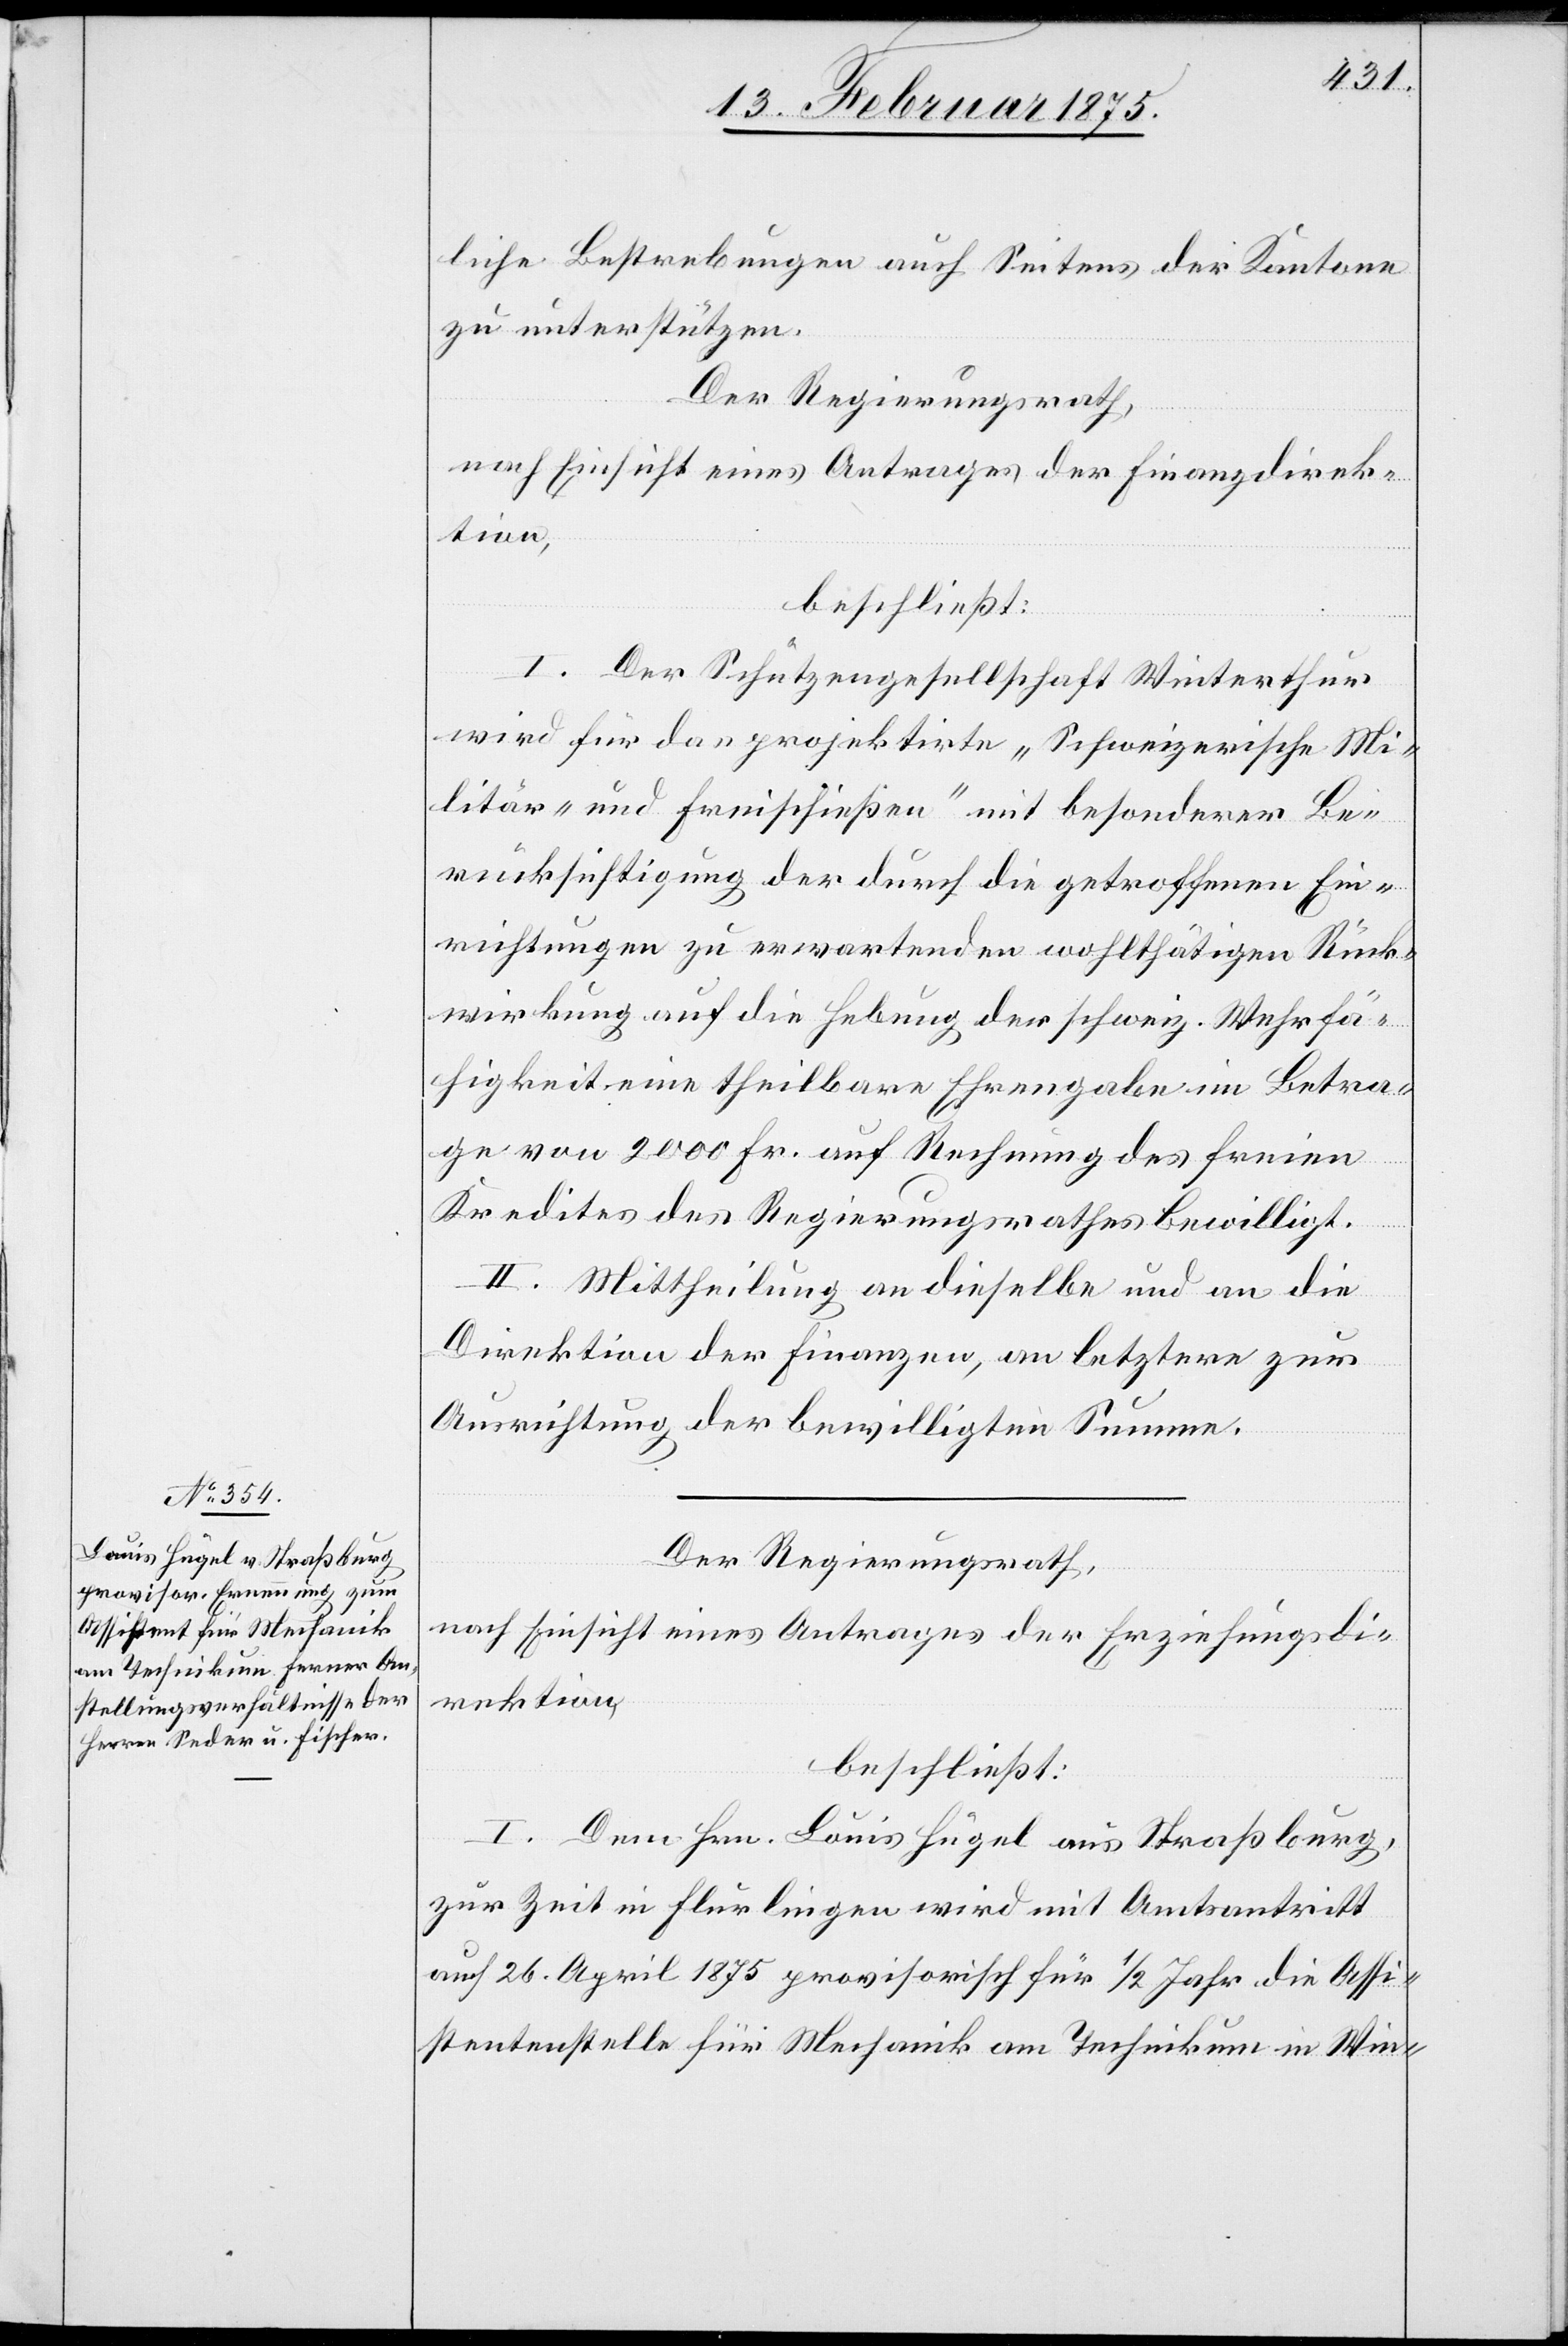
liche Bestrebungen auch Seitens der Kantone
zu unterstützen.
Der Regierungsrath,
nach Einsicht eines Antrages der Finanzdirek¬
tion,
beschließt:
I. Der Schützengesellschaft Winterthur
wird für das projektirte „Schweizerische Mi¬
litär- und Freischießen“ mit besonderer Be¬
rücksichtigung der durch die getroffenen Ein¬
richtungen zu erwartenden wohlthätigen Rück¬
wirkung auf die Hebung der schweiz. Wehrfä¬
higkeit eine theilbare Ehrengabe im Betra¬
ge von 2000 Fr. auf Rechnung des freien
Kredites des Regierungsrathes bewilligt.
II. Mittheilung an dieselbe und an die
Direktion der Finanzen, an letztere zur
Ausrichtung der bewilligten Summe.
Der Regierungsrath.
nach Einsicht eines Antrages der Erziehungsdi¬
rektion,
beschließt:
I. Dem Hrn. Louis Hügel aus Straßburg,
zur Zeit in Flurlingen wird mit Amtsantritt
auf 26. April 1875 provisorisch für 1/2 Jahr die Assi¬
stentenstelle für Mechanik am Technikum in Win-